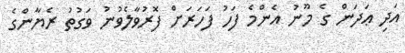
އަދި ޢަދަން ގެ މޫނު އެންމެ ފަހު ފަހަރަށް ފޮރުވާލެވުނު ވަގުތު ރެޔާންގެ